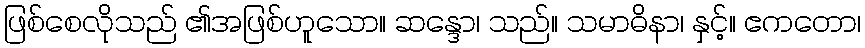
ဖြစ်စေလိုသည် ၏အဖြစ်ဟူသော။ ဆန္ဒော၊ သည်။ သမာဓိနာ၊ နှင့်။ ဧကတော၊